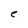
Character: e